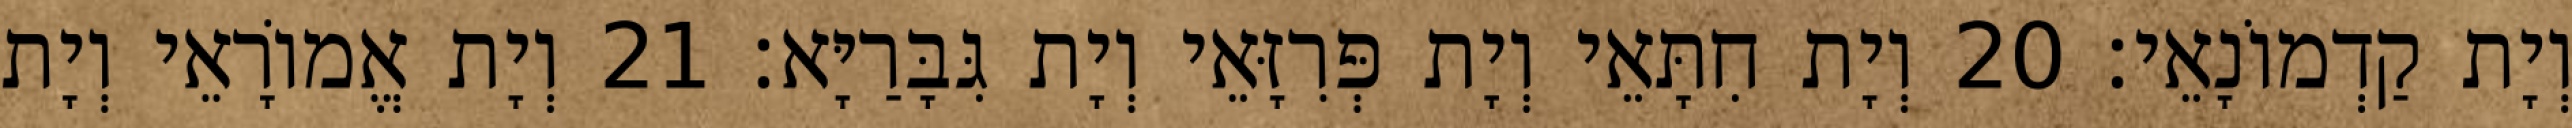
וְיָת קַדְמוֹנָאֵי׃ 20 וְיָת חִתָּאֵי וְיָת פְּרִזָּאֵי וְיָת גִּבָּרַיָּא׃ 21 וְיָת אֱמוֹרָאֵי וְיָת